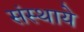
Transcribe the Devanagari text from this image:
संस्थाये